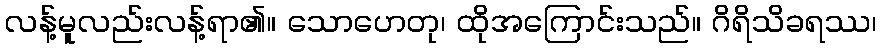
လန့်မူလည်းလန့်ရာ၏။ သောဟေတု၊ ထိုအကြောင်းသည်။ ဂိရိသိခရဿ၊